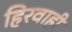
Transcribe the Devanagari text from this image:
हिरवाही